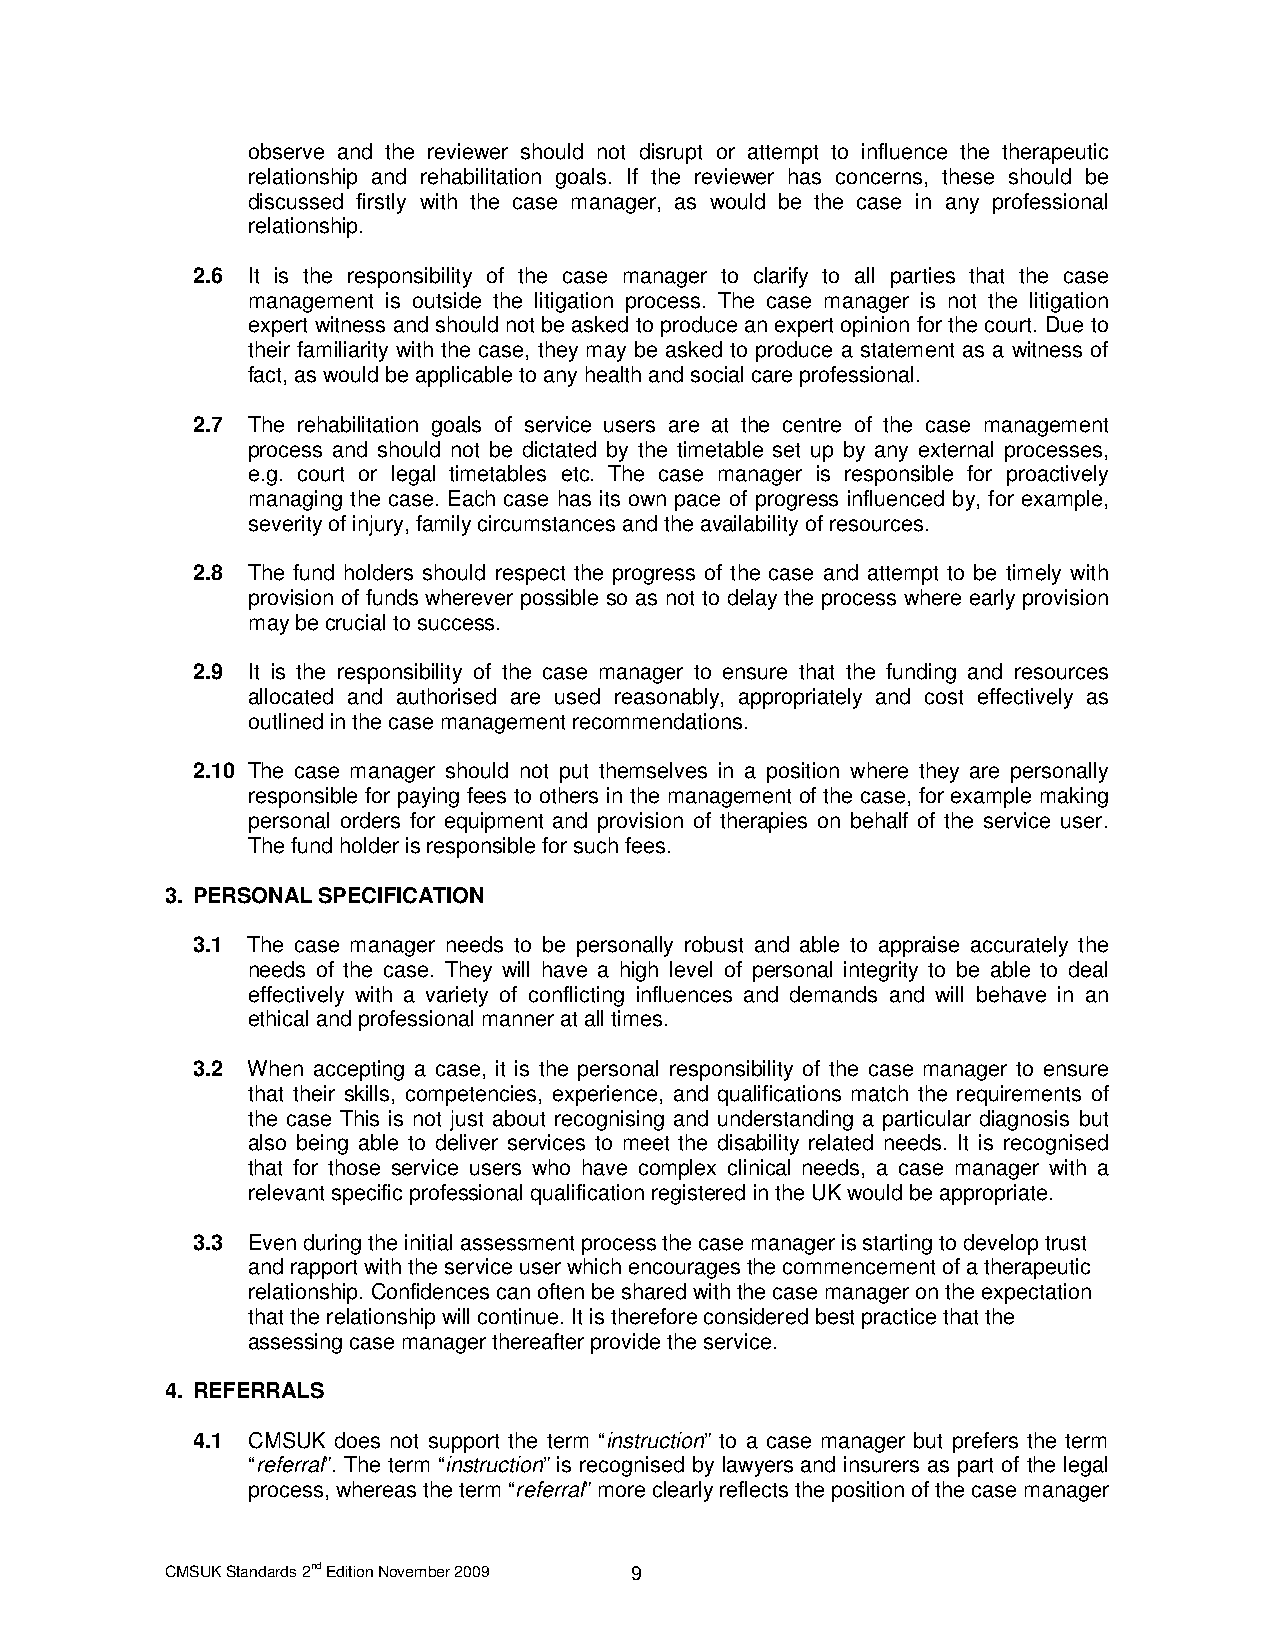
observe and the reviewer should not disrupt or attempt to influence the therapeutic
 relationship and rehabilitation goals. If the reviewer has concerns, these should be
 discussed firstly with the case manager, as would be the case in any professional
 relationship.
 2.6 It is the responsibility of the case manager to clarify to all parties that the case
 management is outside the litigation process. The case manager is not the litigation
 expert witness and should not be asked to produce an expert opinion for the court. Due to
 their familiarity with the case, they may be asked to produce a statement as a witness of
 fact, as would be applicable to any health and social care professional.
 2.7 The rehabilitation goals of service users are at the centre of the case management
 process and should not be dictated by the timetable set up by any external processes,
 e.g. court or legal timetables etc. The case manager is responsible for proactively
 managing the case. Each case has its own pace of progress influenced by, for example,
 severity of injury, family circumstances and the availability of resources.
 2.8 The fund holders should respect the progress of the case and attempt to be timely with
 provision of funds wherever possible so as not to delay the process where early provision
 may be crucial to success.
 2.9 It is the responsibility of the case manager to ensure that the funding and resources
 allocated and authorised are used reasonably, appropriately and cost effectively as
 outlined in the case management recommendations.
 2.10 The case manager should not put themselves in a position where they are personally
 responsible for paying fees to others in the management of the case, for example making
 personal orders for equipment and provision of therapies on behalf of the service user.
 The fund holder is responsible for such fees.
 3. PERSONAL SPECIFICATION
 3.1 The case manager needs to be personally robust and able to appraise accurately the
 needs of the case. They will have a high level of personal integrity to be able to deal
 effectively with a variety of conflicting influences and demands and will behave in an
 ethical and professional manner at all times.
 3.2 When accepting a case, it is the personal responsibility of the case manager to ensure
 that their skills, competencies, experience, and qualifications match the requirements of
 the case This is not just about recognising and understanding a particular diagnosis but
 also being able to deliver services to meet the disability related needs. It is recognised
 that for those service users who have complex clinical needs, a case manager with a
 relevant specific professional qualification registered in the UK would be appropriate.
 3.3 Even during the initial assessment process the case manager is starting to develop trust
 and rapport with the service user which encourages the commencement of a therapeutic
 relationship. Confidences can often be shared with the case manager on the expectation
 that the relationship will continue. It is therefore considered best practice that the
 assessing case manager thereafter provide the service.
 4. REFERRALS
 4.1 CMSUK does not support the term “instruction” to a case manager but prefers the term
 “referral”. The term “instruction” is recognised by lawyers and insurers as part of the legal
 process, whereas the term “referral” more clearly reflects the position of the case manager
 CMSUK Standards 2nd Edition November 2009 9